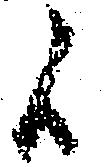
候